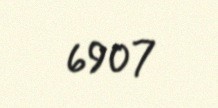
6907